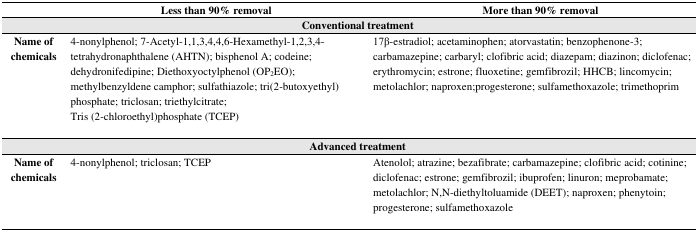
<table><thead><tr><td>[EMPTY_CELL]</td><td><b>Less than 90% removal</b></td><td><b>More than 90% removal</b></td></tr></thead><tbody><tr><td colspan="3"><b>Conventional treatment</b></td></tr><tr><td><b>Name of chemicals</b></td><td>4-nonylphenol; 7-Acetyl-1,1,3,4,4,6-Hexamethyl-1,2,3,4- tetrahydronaphthalene (AHTN); bisphenol A; codeine; dehydronifedipine; Diethoxyoctylphenol (OP<sub>2</sub>EO); methylbenzyldene camphor; sulfathiazole; tri(2-butoxyethyl) phosphate; triclosan; triethylcitrate; Tris (2-chloroethyl)phosphate (TCEP)</td><td>17β-estradiol; acetaminophen; atorvastatin; benzophenone-3; carbamazepine; carbaryl; clofibric acid; diazepam; diazinon; diclofenac; erythromycin; estrone; fluoxetine; gemfibrozil; HHCB; lincomycin; metolachlor; naproxen; progesterone; sulfamethoxazole; trimethoprim</td></tr><tr><td colspan="3"><b>Advanced treatment</b></td></tr><tr><td><b>Name of chemicals</b></td><td>4-nonylphenol; triclosan; TCEP</td><td>Atenolol; atrazine; bezafibrate; carbamazepine; clofibric acid; cotinine; diclofenac; estrone; gemfibrozil; ibuprofen; linuron; meprobamate; metolachlor; N,N-diethyltoluamide (DEET); naproxen; phenytoin; progesterone; sulfamethoxazole</td></tr></tbody></table>